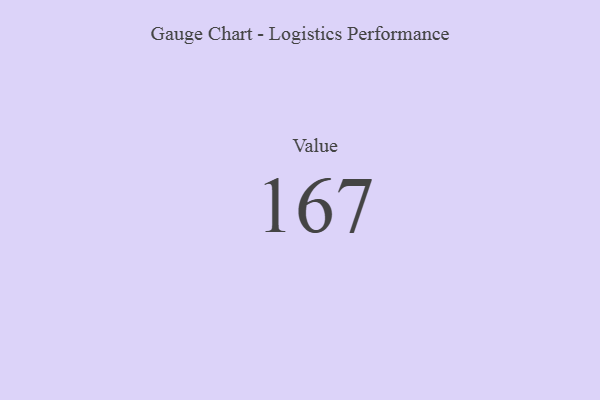
{"axis": {"x": "Metric", "y": "Value"}, "legend": [""], "data": [{"x": "Value", "y": 167, "type": ""}]}